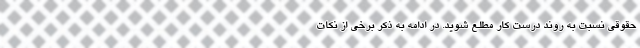
حقوقی نسبت به روند درست کار مطلع شوید. در ادامه به ذکر برخی از نکات